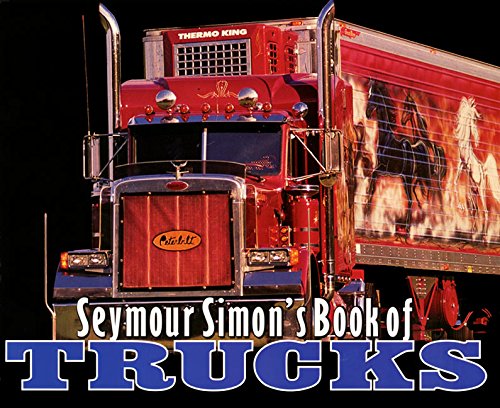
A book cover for Seymour Simon's Book of Trucks; Seymour Simon; Children's Books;